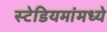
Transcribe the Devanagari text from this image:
स्टेडियमांमध्ये